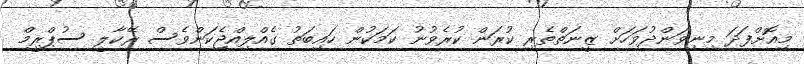
މިއޮށްފަދަ މިނިވަންދުވަހަށް ޒީނަތްތެރި ކުރަން ކުރެވުނު ކަމަކުން ހައިބަތު ގެއްލިއްޖެކަންވެސް ރޭކާލީ ސުޕްރީމް